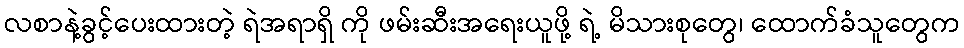
လစာနဲ့ခွင့်ပေးထားတဲ့ ရဲအရာရှိ ကို ဖမ်းဆီးအရေးယူဖို့ ရဲ့ မိသားစုတွေ၊ ထောက်ခံသူတွေက